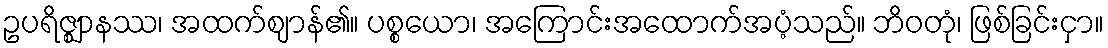
ဥပရိဇ္ဈာနဿ၊ အထက်ဈာန်၏။ ပစ္စယော၊ အကြောင်းအထောက်အပံ့သည်။ ဘိဝတုံ၊ ဖြစ်ခြင်းငှာ။